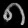
Digit: ၈